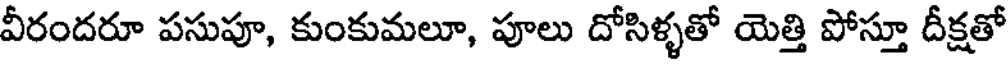
వీరందరూ పసుపూ, కుంకుమలూ, పూలు దోసిళ్ళతో యెత్తి పోస్తూ దీక్షతో